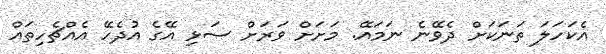
އެކަހަލަ ތަނަކަށް ދެވޭނެ ނަމައޭ. މަށަށް ވަރަށް ސަޅި އޭގެ އުދެހޭ އެއްޗެހިތައް